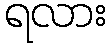
ရလား